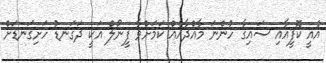
އެއީ ކޮފީއާއި ސައިގާ ހުންނަ މާއްދާއެއް ކަމަށްވާ ފީނޯލް އަކީ ދަގަނޑު ހަށިގަނޑަށް